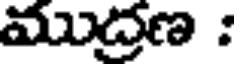
ముద్రణ :